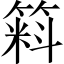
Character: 𱸚